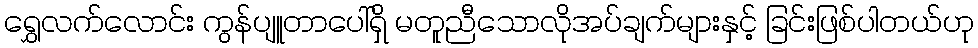
ရွှေလက်လောင်း ကွန်ပျူတာပေါ်ရှိ မတူညီသောလိုအပ်ချက်များနှင့် ခြင်းဖြစ်ပါတယ်ဟု